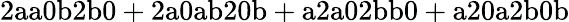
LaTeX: \mathrm{2aa0b2b0+2a0ab20b+a2a02bb0+a20a2b0b}